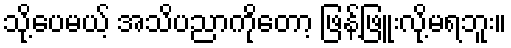
သို့ပေမယ့် အသိပညာကိုတော့ ဖြန့်ဖြူးလို့မရဘူး။